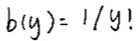
\[
b(y)=1/y!
\]